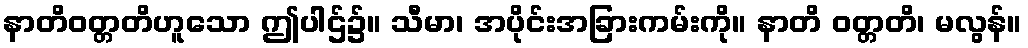
နာတိဝတ္တတိဟူသော ဤပါဌ်၌။ သီမာ၊ အပိုင်းအခြားကမ်းကို။ နာတိ ဝတ္တတိ၊ မလွန်။